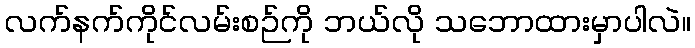
လက်နက်ကိုင်လမ်းစဉ်ကို ဘယ်လို သဘောထားမှာပါလဲ။